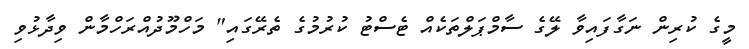
މީގެ ކުރިން ނަގާފައިވާ ލޭގެ ސާމްޕަލްތަކެއް ޓެސްޓު ކުރުމުގެ ތެރޭގައި" މަހްމޫދުއްރަހްމާން ވިދާޅުވި